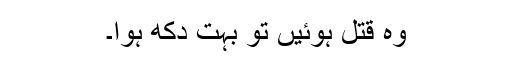
وہ قتل ہوئیں تو بہت دکھ ہوا۔